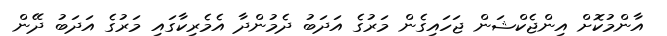
އާންމުކޮށް އިންޖެކްޝަން ޖަހައިގެން މަރުގެ އަދަބު ދެމުންދާ އެމެރިކާގައި މަރުގެ އަދަބު ދޭން